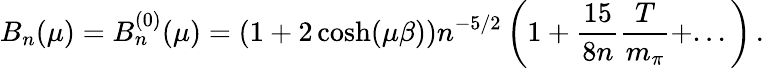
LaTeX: B_{n}(\mu)=B_{n}^{(0)}(\mu)=(1+2\cosh(\mu\beta))n^{-5/2}\left(1+\frac{15}{8n}\frac{T}{m_{\pi}}+...\right)\, .